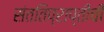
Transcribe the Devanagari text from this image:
संततिप्राप्तीची